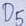
Text: D5